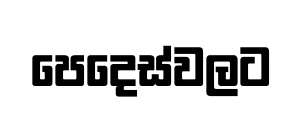
පෙදෙස්වලට